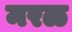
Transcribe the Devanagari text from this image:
मरळ